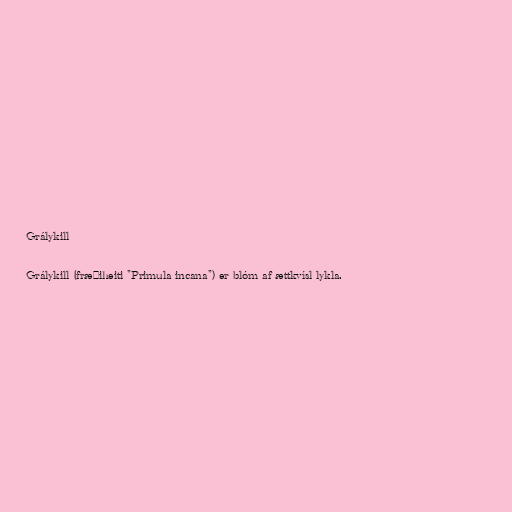
Grálykill

Grálykill (fræðiheiti "Primula incana") er blóm af ættkvísl lykla.